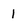
Character: i